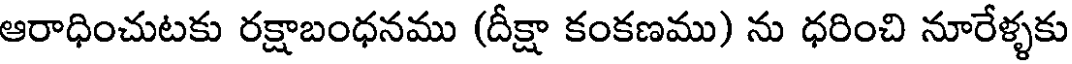
ఆరాధించుటకు రక్షాబంధనము (దీక్షా కంకణము) ను ధరించి నూరేళ్ళకు